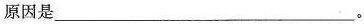
原因是___。